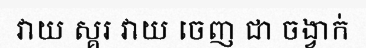
វាយ ស្គរ វាយ ចេញ ជា ចង្វាក់